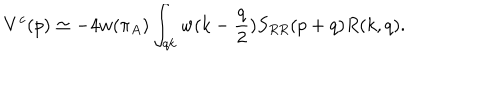
V ^ { c } ( p ) \simeq - 4 w ( \pi _ { A } ) \int _ { q k } w ( k - { \frac { q } { 2 } } ) S _ { R R } ( p + q ) R ( k , q ) .